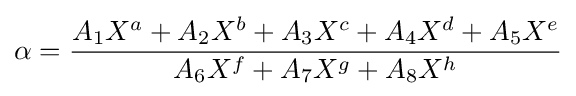
\alpha ={\frac {A_{1}X^{a}+A_{2}X^{b}+A_{3}X^{c}+A_{4}X^{d}+A_{5}X^{e}}{A_{6}X^{f}+A_{7}X^{g}+A_{8}X^{h}}}